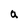
Character: a